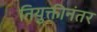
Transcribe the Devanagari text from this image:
नियुक्तीनंतर